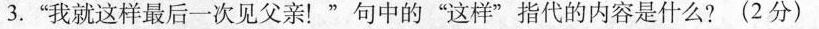
3.“我就这样最后一次见父亲！”句中的“这样”指代的内容是什么? ( 2 分 )